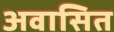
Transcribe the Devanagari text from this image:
अवासित